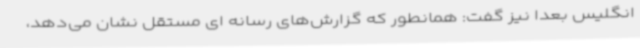
انگلیس بعدا نیز گفت: همانطور که گزارش‌های رسانه ای مستقل نشان می‌دهد،